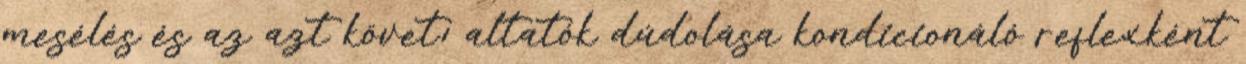
mesélés és az azt követı altatók dúdolása kondicionáló reflexként